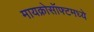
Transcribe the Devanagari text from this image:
मायक्रोसॉफ्टमध्ये